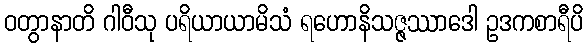
ဝတွာနာတိ ဂါဝီသု ပရိယာယာမိသံ ရဟောနိသဇ္ဇဿာဒေါ ဥဒကစာရီပိ